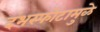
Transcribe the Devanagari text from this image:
दंभस्फोटामुळे